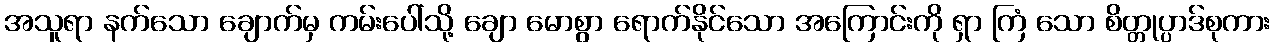
အသူရာ နက်သော ချောက်မှ ကမ်းပေါ်သို့ ချော မောစွာ ရောက်နိုင်သော အကြောင်းကို ရှာ ကြံ သော စိတ္တုပ္ပာဒ်စုကား